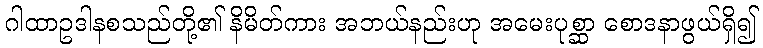
ဂါထာဥဒါနစသည်တို့၏ နိမိတ်ကား အဘယ်နည်းဟု အမေးပုစ္ဆာ စောဒနာဖွယ်ရှိ၍